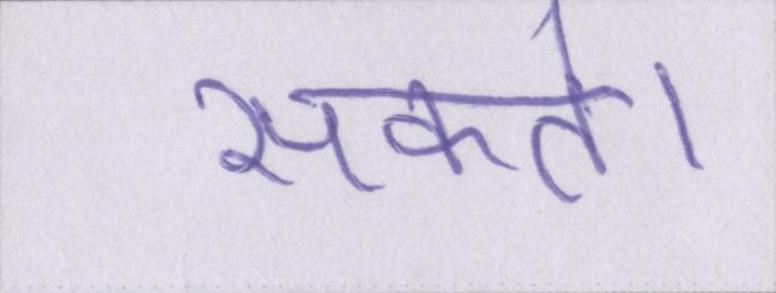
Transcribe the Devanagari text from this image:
सकते।